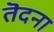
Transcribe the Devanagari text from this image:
तॆदना